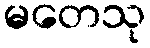
မတေသု